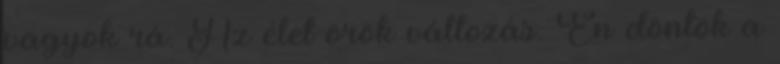
vagyok rá. Az élet örök változás. Én döntök a